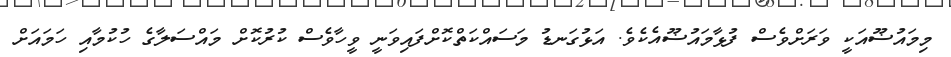
މިމައުޟޫއަކީ ވަރަށްވެސް ފުޅާމައުޟޫއެކެވެ. އަޅުގަނޑު މަސައްކަތްކޮށްފައިވަނީ ވީހާވެސް ކުރުކޮށް މައްސަލާގެ ހުކުމާއި ހަމައަށް